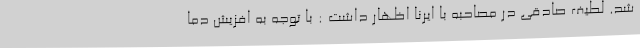
شد. لطیف صادقی در مصاحبه با ایرنا اظهار داشت : با توجه به افزیش دما